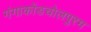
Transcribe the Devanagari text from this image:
गंगाकोंडचोलपुरम